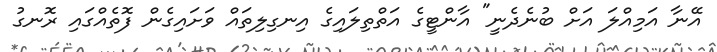
އޭނާ އަމިއްލަ އަށް ބުނެދެނީ" އާންޓީގެ އަތްތިލައިގެ އިނގިލިތައް ވަށައިގެން ފޮތެއްގައި ރޮނގު